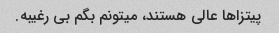
پیتزا‌ها عالی هستند، میتونم بگم بی رغیبه.